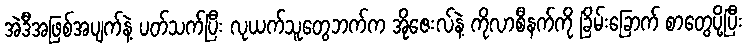
အဲဒီအဖြစ်အပျက်နဲ့ ပတ်သက်ပြီး လုယက်သူတွေဘက်က အိုဇေးလ်နဲ့ ကိုလာစီနက်ကို ခြိမ်းခြောက် စာတွေပို့ပြီး